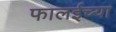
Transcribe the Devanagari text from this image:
फालईच्या